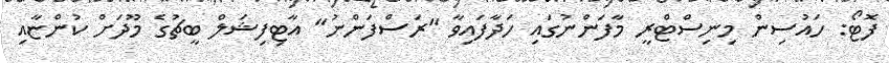
ފޮޓޯ: ހައުސިން މިނިސްޓްރީ މާފަންނުގައި ހަދާފައިވާ "ރަސްފަންނު" އާޓިފިޝަލް ބީޗުގެ މޫދަށް ކުންޏާއި